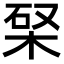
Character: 𣒊